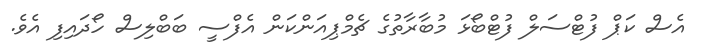
އެސް ކަޕް ފުޓްސަލް ފުޓްބޯޅަ މުބާރާތުގެ ޗެމްޕިއަންކަން އެފްސީ ބަބްލިސް ހޯދައިފި އެވެ.